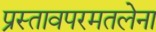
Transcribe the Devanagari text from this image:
प्रस्तावपरमतलेना